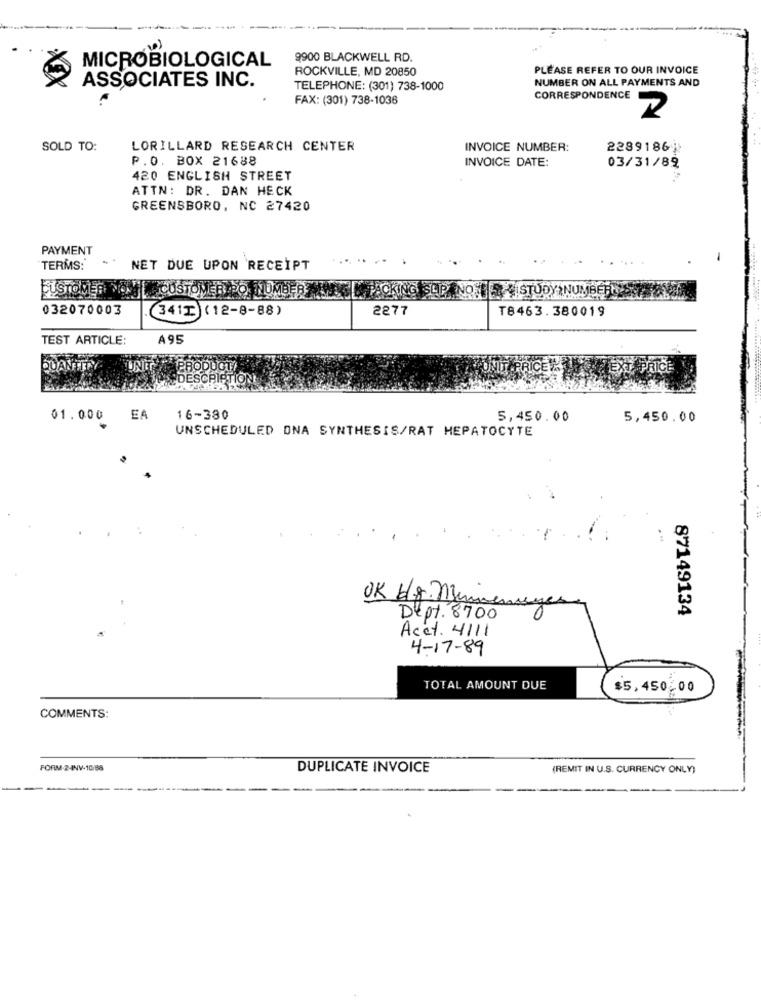
9900 BLACKWELL RD.
MICROBIOLOGICAL
ROCKVILLE, MD 20850
PLEASE REFER TO OUR INVOICE
ASSOCIATES INC.
NUMBER ON ALL PAYMENTS AND
TELEPHONE: (301) 738-1000
FAX: (301) 738-1036
CORRESPONDENCE
2
SOLD TO:
LORILLARD RESEARCH CENTER
INVOICE NUMBER:
22891861
P.O. BOX 21688
INVOICE DATE:
03/31/89
420 ENGLISH STREET
ATTN: DR. DAN HECK
GREENSBORO, NC 27420
PAYMENT
....
TERMS:
NET DUE UPON RECEIPT
FUSTOMER ON| CUSTOMER PO KOMBÍ
PACKING SLIP. NO.FR STUDY NUMBER
032070003
(3411 (12-8-88)
2277
T8463.380019
TEST ARTICLE:
A95
QUANTITY
PRODUCT/
TEST PRICE
CRIPTION
01.000
EA
16-380
5,450.00
5,450.00
UNSCHEDULED ONA SYNTHESIS/RAT HEPATOCYTE
OK H.g. nummer
Dept. 8700
87149134
Acet. 4111
4-17-89
TOTAL AMOUNT DUE
$5,450.00
COMMENTS:
FORM-24NV-10/88
DUPLICATE INVOICE
(REMIT IN U.S. CURRENCY ONLY)